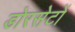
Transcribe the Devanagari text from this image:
डोरसेटों